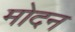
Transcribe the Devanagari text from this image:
मोदन